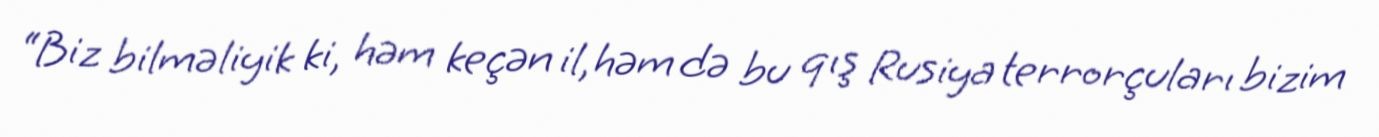
“Biz bilməliyik ki, həm keçən il, həm də bu qış Rusiya terrorçuları bizim